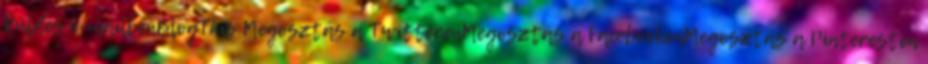
Küldés e-mailbenBlogThis Megosztás a TwitterenMegosztás a FacebookonMegosztás a Pinteresten